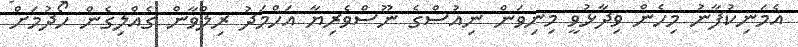
އެމަނިކުފާނު މިހެން ވިދާޅުވީ މިނިވަން ނިއުސްގެ ނޫސްވެރިޔާ އަހްމަދު ރިލްވާން ގެއްލިގެން ހޯދުމަށް